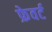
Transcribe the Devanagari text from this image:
फ्रेवर्ट